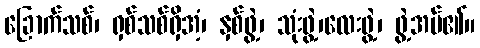
ခြောက်သစ်၊ ရှစ်သစ်ရှိအံ့၊ နှစ်ဖွဲ့၊ သုံးဖွဲ့၊လေးဖွဲ့၊ ဖွဲ့အပ်၏။